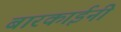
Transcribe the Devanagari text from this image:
बारकाईनी